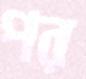
পর